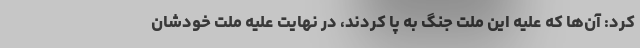
کرد: آن‌ها که علیه این ملت جنگ به پا کردند، در نهایت علیه ملت خودشان